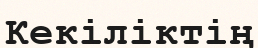
Кекіліктің